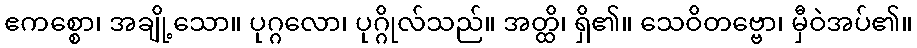
ဧကစ္စော၊ အချို့သော။ ပုဂ္ဂလော၊ ပုဂ္ဂိုလ်သည်။ အတ္ထိ၊ ရှိ၏။ သေဝိတဗ္ဗော၊ မှီဝဲအပ်၏။